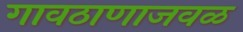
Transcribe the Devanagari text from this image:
गावठाणाजवळ